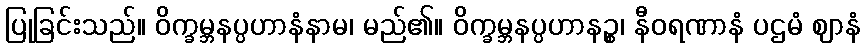
ပြုခြင်းသည်။ ဝိက္ခမ္ဘနပ္ပဟာနံနာမ၊ မည်၏။ ဝိက္ခမ္ဘနပ္ပဟာနဉ္စ၊ နီဝရဏာနံ ပဌမံ ဈာနံ